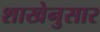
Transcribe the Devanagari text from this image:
शाखेनुसार